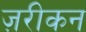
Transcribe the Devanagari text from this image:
ज़रीकन